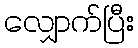
လျှောက်ပြီး